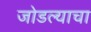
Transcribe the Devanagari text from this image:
जोडल्याचा